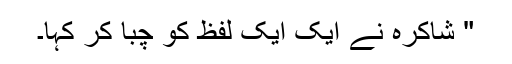
" شاکرہ نے ایک ایک لفظ کو چبا کر کہا۔